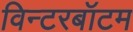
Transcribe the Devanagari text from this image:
विन्टरबॉटम